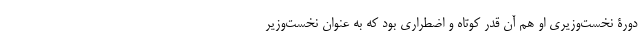
دورۀ نخست‌وزیری او هم آن قدر کوتاه و اضطراری بود که به عنوان نخست‌وزیر